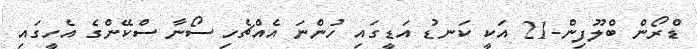
ޑްރޯން ބްލޫފިން-21 އަކީ ކަނޑު އަޑީގައި ހުންނަ އެއްޗެހި ސޯނާ ސްކޭންގެ އެހީގައި